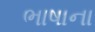
ભાષાના